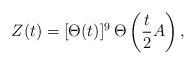
LaTeX: \begin{align*}Z(t)=[\Theta(t)]^9\,\Theta\left({t\over 2}A\right),\end{align*}